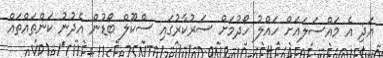
އަދި އެ މައްސަލައަށް ހައްލު ހޯދުމަށް ސަރުކާރުގައި ސްކޫލް ބޯޑުން އެދުނު ކަންތައްތައް